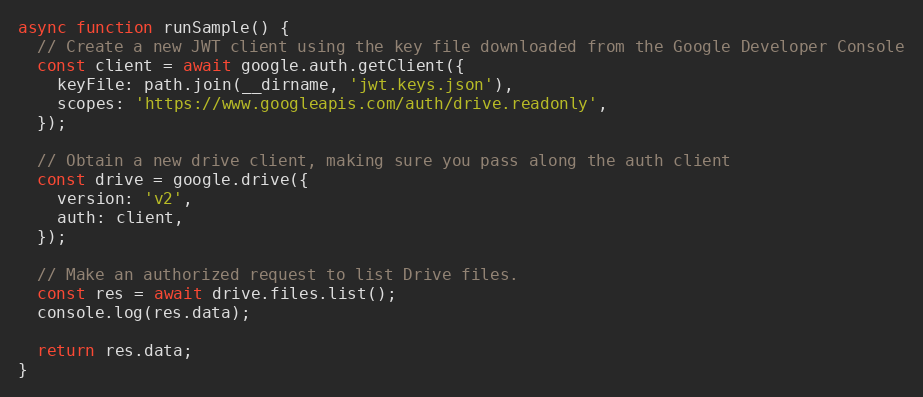
Language: JavaScript
async function runSample() {
  // Create a new JWT client using the key file downloaded from the Google Developer Console
  const client = await google.auth.getClient({
    keyFile: path.join(__dirname, 'jwt.keys.json'),
    scopes: 'https://www.googleapis.com/auth/drive.readonly',
  });

  // Obtain a new drive client, making sure you pass along the auth client
  const drive = google.drive({
    version: 'v2',
    auth: client,
  });

  // Make an authorized request to list Drive files.
  const res = await drive.files.list();
  console.log(res.data);

  return res.data;
}